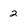
Character: 2